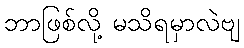
ဘာဖြစ်လို့ မသိရမှာလဲဗျ